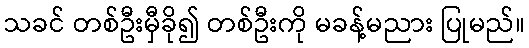
သခင် တစ်ဦးမှီခို၍ တစ်ဦးကို မခန့်မညား ပြုမည်။